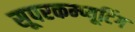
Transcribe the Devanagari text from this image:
सूपरकम्प्यूटिंग